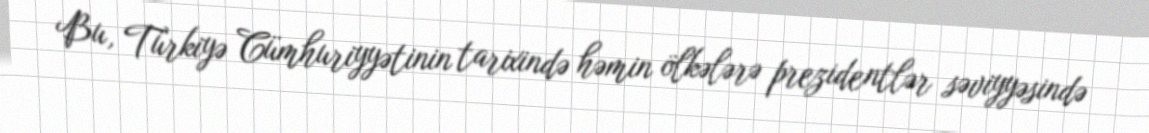
Bu, Türkiyə Cümhuriyyətinin tarixində həmin ölkələrə prezidentlər səviyyəsində